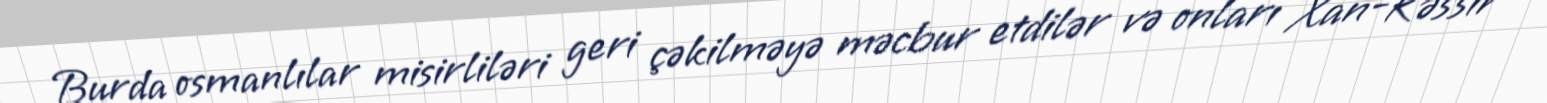
Burda osmanlılar misirliləri geri çəkilməyə məcbur etdilər və onları Xan-Kəssir